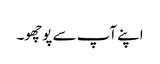
اپنے آپ سے پوچھو۔